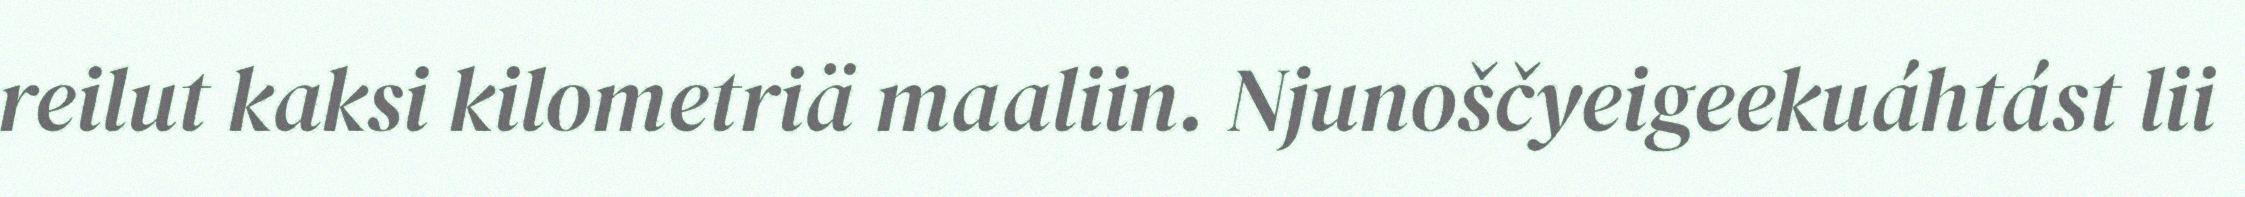
reilut kaksi kilometriä maaliin. Njunoščyeigeekuáhtást lii